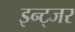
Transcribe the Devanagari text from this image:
इन्ट्जर